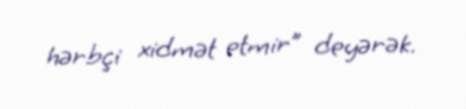
hərbçi xidmət etmir” deyərək.